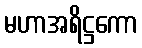
မဟာအရိဋ္ဌကော